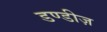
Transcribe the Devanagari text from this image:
डण्डीज़